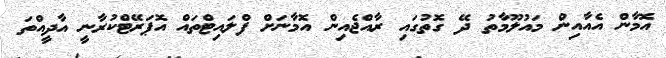
އޮމާން އެއާއިން މައުލޫމާތު ދޭ ގޮތުގައި ރާއްޖެއިން އޮމާނަށް ފްލައިޓްތައް އޮޕަރޭޓްކުރާނީ އާދީއްތަ